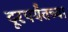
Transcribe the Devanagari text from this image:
दूरपर्यंतच्या